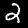
Label: 2